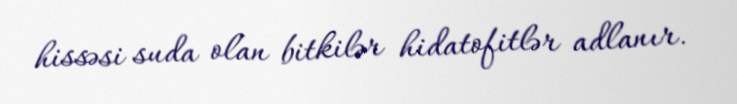
hissəsi suda olan bitkilər hidatofitlər adlanır.